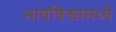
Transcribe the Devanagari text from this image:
भावविश्वामध्ये